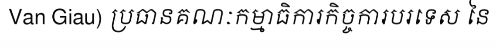
Van Giau) ប្រធានគណៈកម្មាធិការកិច្ចការបរទេស នៃ